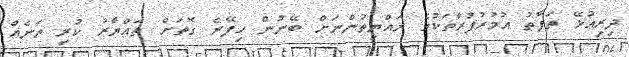
ދިރިއުޅޭ ތަފާތު އުމުރުފުރާތަކުގެ ރައްޔިތުންނަށް ބޭނުން ހިފޭނެ ގޮތަށް ތައްޔާރު ކުރި ތަނެއް